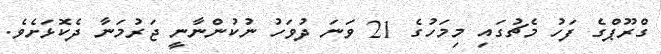
ގްރޫޕްގެ ފަހު މެޗުގައި މިމަހުގެ 21 ވަނަ ދުވަހު ނުކުންނާނީ ޖަރުމަނާ ދެކޮޅަށެވެ.